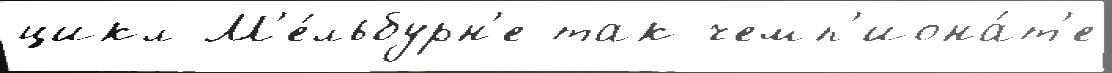
цикл М'е́льбурн'е так чемп'иона́т'е